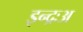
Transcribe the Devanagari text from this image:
इन्द्रःअ